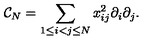
{ \cal C } _ { N } = \sum _ { 1 \leq i < j \leq N } x _ { i j } ^ { 2 } \partial _ { i } \partial _ { j } .